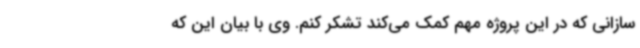
سازانی که در این پروژه مهم کمک می‌کند تشکر کنم. وی با بیان این که